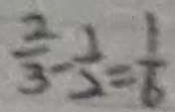
\frac { 2 } { 3 } - \frac { 1 } { 2 } = \frac { 1 } { 6 }